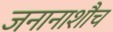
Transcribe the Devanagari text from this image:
जनानाशौच